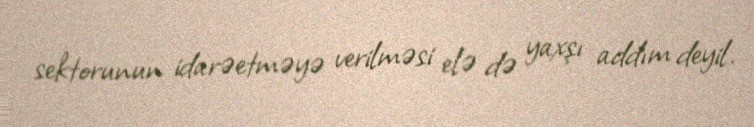
sektorunun idarəetməyə verilməsi elə də yaxşı addım deyil.